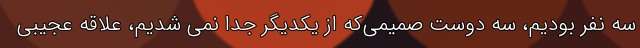
سه نفر بودیم، سه دوست صمیمی‌که از یکدیگر جدا نمی شدیم، علاقه عجیبی